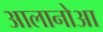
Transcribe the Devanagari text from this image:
आलानोआ